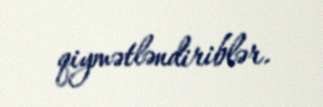
qiymətləndiriblər.